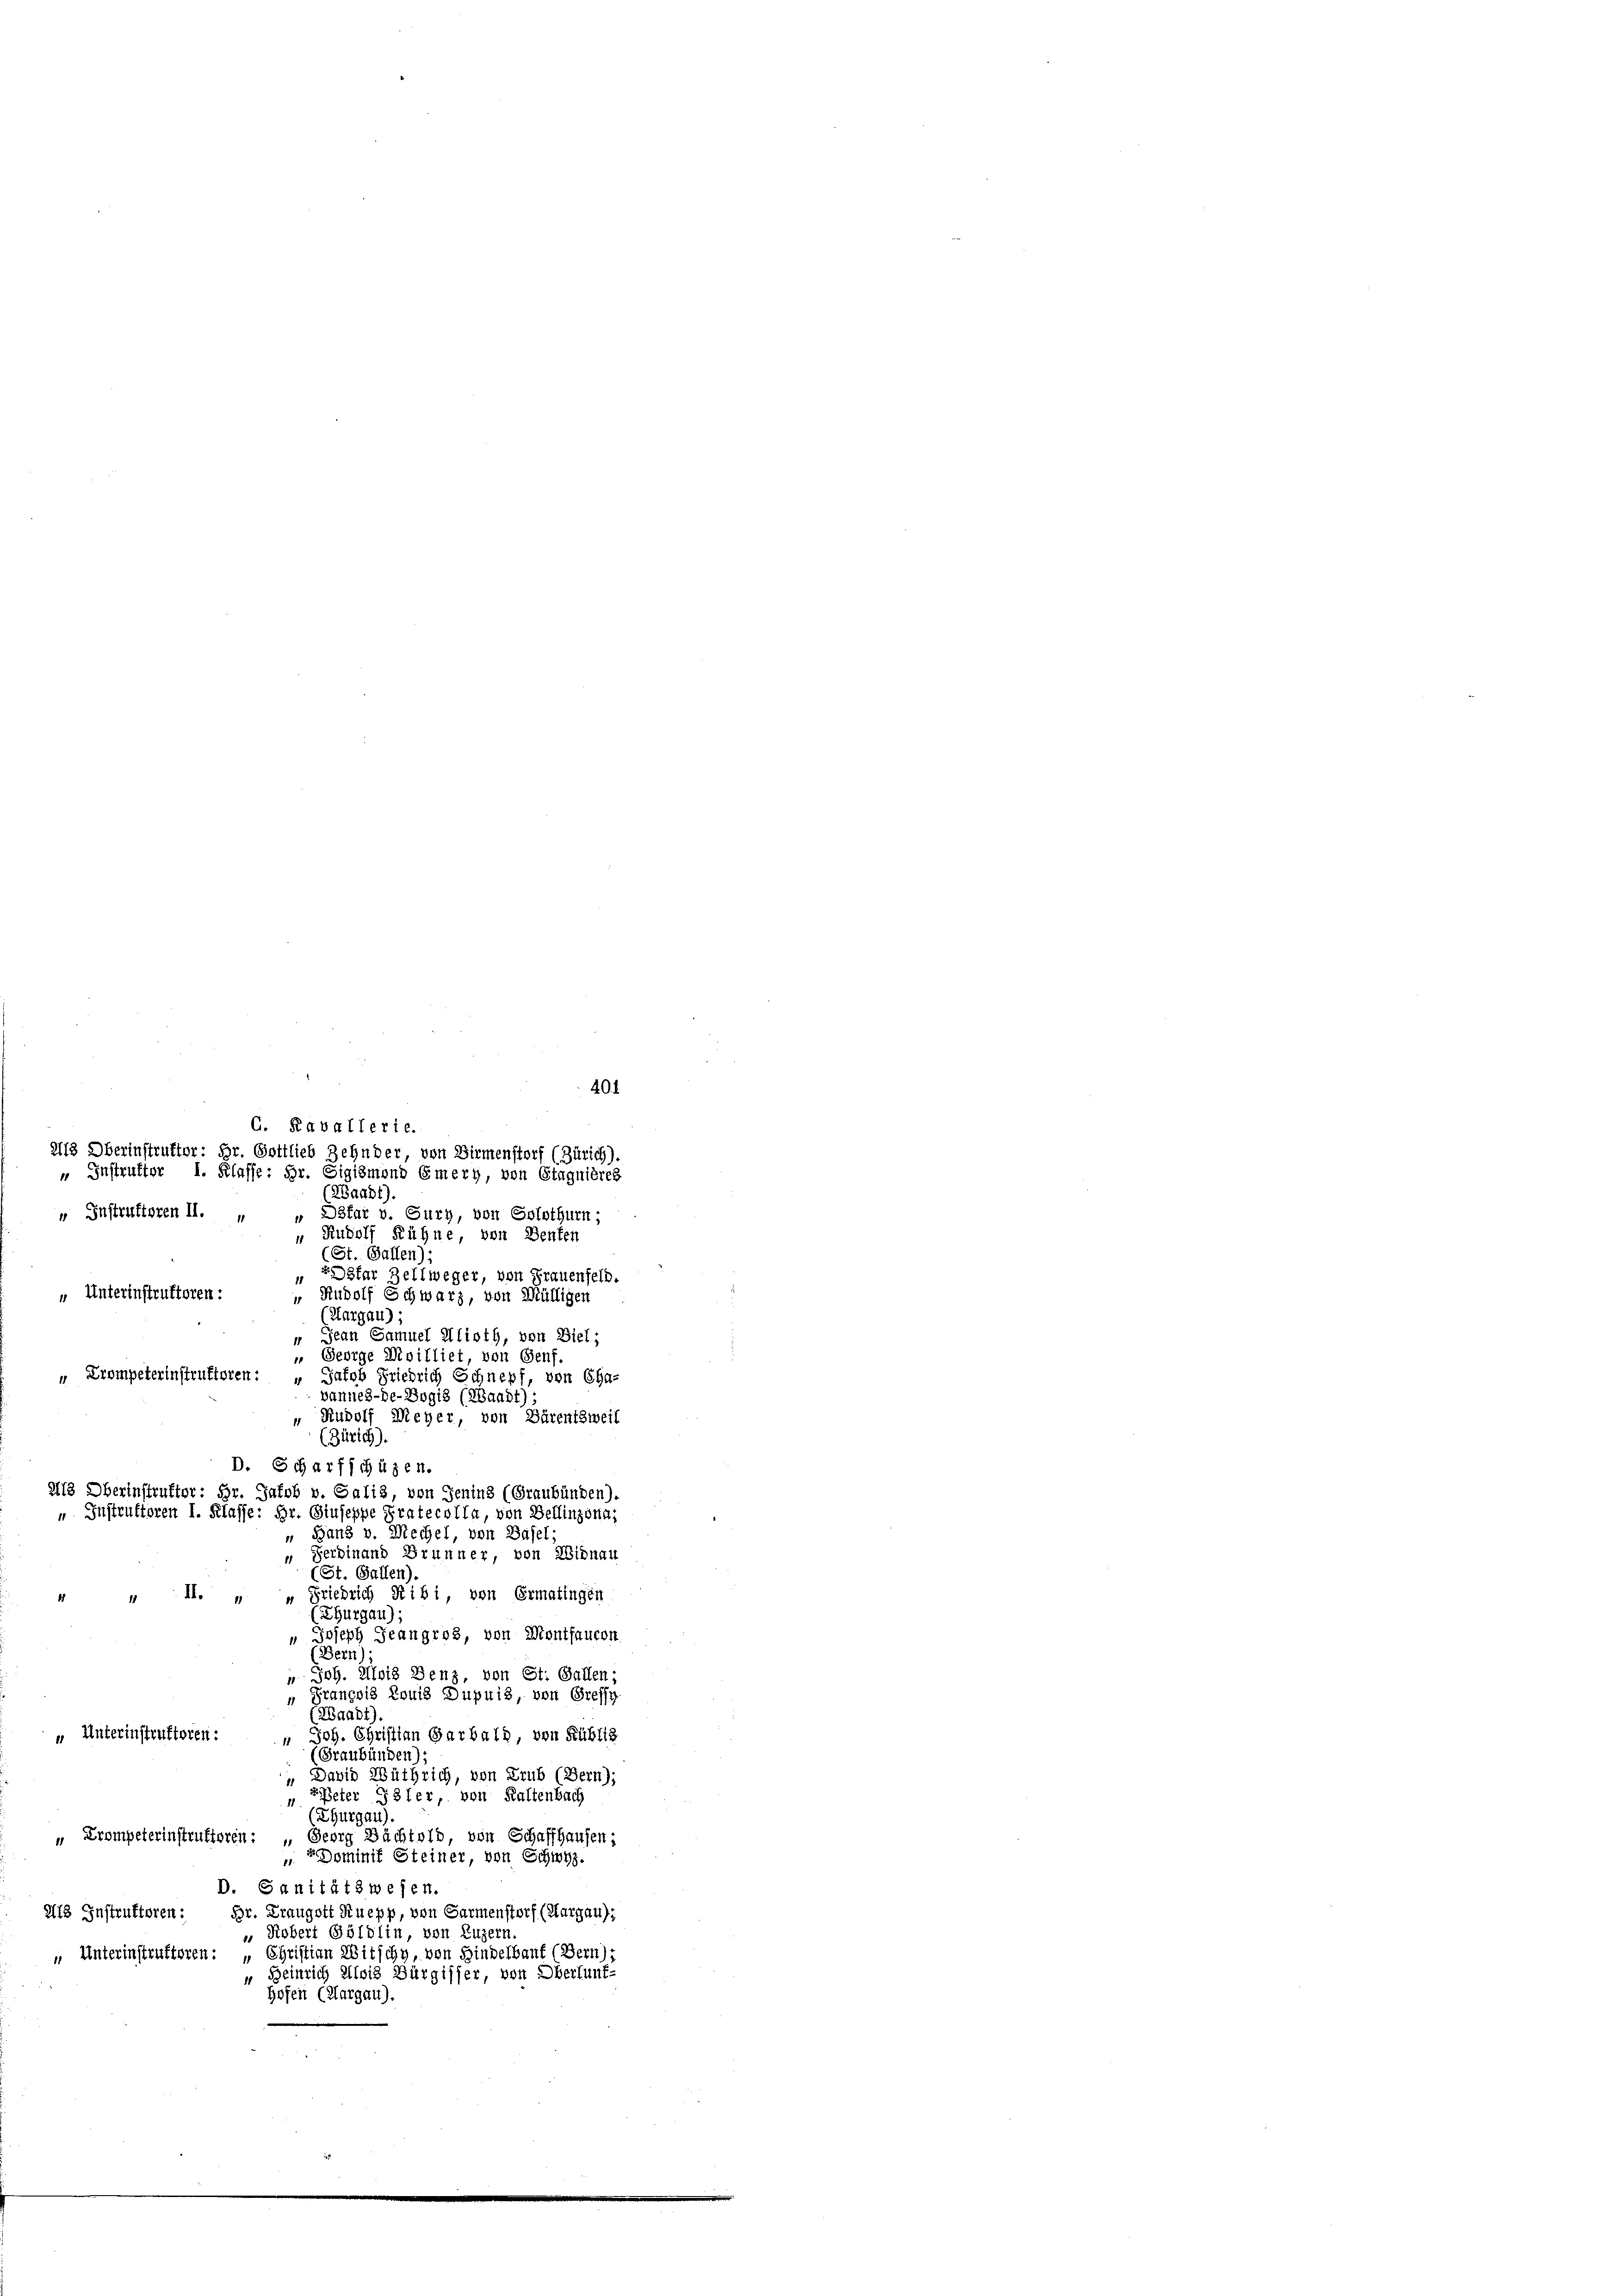
(ZBaadt).
" Instruktoren II. „ „ Dsfar v. Sury, von Solothurn;
Rudolf Rühne, von Benten
1
(St. Gallen)
sfar Zellweger, von Frauenfeld.
" Unterinstruktoren:
“ Rudolf Schwarz, von Mülligen
(Hargau) ;
 Jean Samuel Klisth, von Biel;
 George Meilliet, von Genf,
" Trompeterinstruktoren: „Jakob Friedrich Schnepf, von Cha-
bannes-de-Bogis (Waadt)
“ Rudolf Meyer, von Bärentsweil
“ Band v. Mechel, von Basel;
“ Ferdinand Brunner, von Widnau
(St. Gallen).
n Friedrich Ribi, von Ermatingen
 II.
d
(Thurgau);
 Joseph Jeangros, von Montfaucon
(Bern)
Joh. Alois Benz, von St. Gallen;
„ Prançois Louis Dupuis, von Greffe
(Waadt)
" Unterinstruktoren:
“ Joh. Christian Garbald, von Rubliz
(Graubünden).
 David Wüthrich, von Trub (Bern);
" Peter Isler, von Kaltenbach
(Thurgau).
" Trompeterinstruktoren: „Georg Bächtold, von Schaffhausen;
 Dominif Steiner, von Schwyz.
D. Sanitätswesen.
13 Instruktoren: Hr. Kraugott Kuepp, von Sarmenstorf (Aargau):
 Kobert Göldlin, von Luzern
Christian Witschy, von Hinderbauf (Bern),
 Unterinstruktoren:
“ Heinrich Alois Bürgisser, von Oberlunf-
hofen (Aargau).

401
G. Ravallerie.
218 Oberinstruktor: Hr. Gottlieb Zehnder, von Birmenstorf (Zürich).
 Instrutter I. Klasse: Hr. Sigismond Emery, von Stagnières

(Zürich).
D. Scharfschüzen.
2113 Oberinstrufter: Hr. Jakob v. Galis von Jenins (Graubünden),
" Instruktoren I. Klasse: Hr. Giuseppe Pratecolla, von Bellinzona,